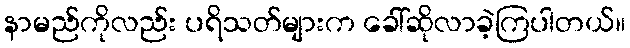
နာမည်ကိုလည်း ပရိသတ်များက ခေါ်ဆိုလာခဲ့ကြပါတယ်။